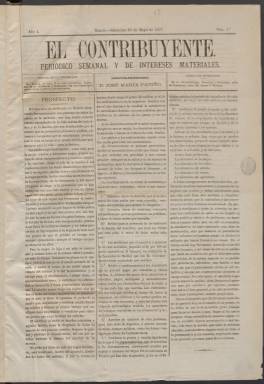
Título: El Contribuyente (Madrid. 1877)
Colección: Periódicos
Ámbito geográfico: Madrid
Lugar de publicación: Madrid
Fechas: 23/05/1877-26/06/1878